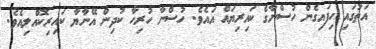
އަތުގައި ހިފައިގެން ހުސްނާގެ ކައިރިޔައް އައެވެ. ހުސްނާ ހުރިހާ ކުދިން އޭނާޔާ ކައިރިކޮއްލިއެވެ.